Annual report of the Punjab Veterinary College and of the Civil Veterinary Department, Punjab - 1926-1932
Year: 1926
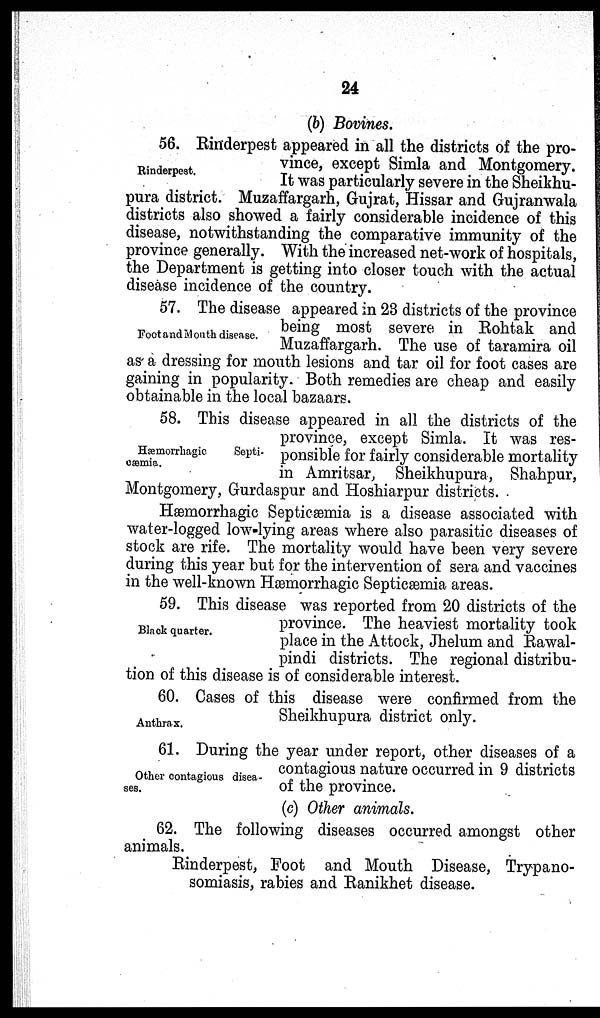
24
(b) Bovines.
Rinderpest.
56. Rinderpest appeared in all the districts of the pro-
vince, except Simla and Montgomery.
It was particularly severe in the Sheikhu-
pura district. Muzaffargarh, Gujrat, Hissar and Gujranwala
districts also showed a fairly considerable incidence of this
disease, notwithstanding the comparative immunity of the
province generally. With the increased net-work of hospitals,
the Department is getting into closer touch with the actual
disease incidence of the country.
Foot and Mouth disease.
57. The disease appeared in 23 districts of the province
being most severe in Rohtak and
Muzaffargarh. The use of taramira oil
as a dressing for mouth lesions and tar oil for foot cases are
gaining in popularity. Both remedies are cheap and easily
obtainable in the local bazaars.
Hæmorrhagic
Septi-
cæmia.
58. This disease appeared in all the districts of the
province, except Simla. It was res-
ponsible for fairly considerable mortality
in Amritsar, Sheikhupura, Shahpur,
Montgomery, Gurdaspur and Hoshiarpur districts.
Hæmorrhagic Septicæmia is a disease associated with
water-logged low-lying areas where also parasitic diseases of
stock are rife. The mortality would have been very severe
during this year but for the intervention of sera and vaccines
in the well-known Hæmorrhagic Septicæmia areas.
Black quarter.
59. This disease was reported from 20 districts of the
province. The heaviest mortality took
place in the Attock, Jhelum and Rawal-
pindi districts. The regional distribu-
tion of this disease is of considerable interest.
Anthrax.
60. Cases of this disease were confirmed from the
Sheikhupura district only.
Other contagious disea-
ses.
61. During the year under report, other diseases of a
contagious nature occurred in 9 districts
of the province.
(c) Other animals.
62. The following diseases occurred amongst other
animals.
Rinderpest, Foot and Mouth Disease, Trypano-
somiasis, rabies and Ranikhet disease.